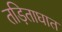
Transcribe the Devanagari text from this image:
तड़िताघात